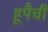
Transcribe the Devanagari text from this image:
हूपैची